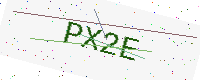
Text: PX2E